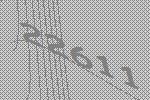
22611